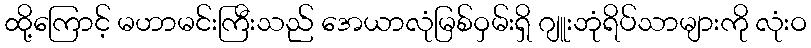
ထို့ကြောင့် မဟာမင်းကြီးသည် အေယာလုံမြစ်ဝှမ်းရှိ ဂျူးဘုံရိပ်သာများကို လုံးဝ